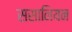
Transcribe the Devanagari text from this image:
ससानियन